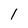
Character: 1